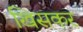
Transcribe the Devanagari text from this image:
खिसकर